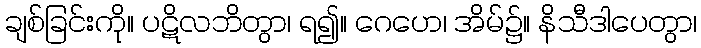
ချစ်ခြင်းကို။ ပဋိလဘိတွာ၊ ရ၍။ ဂေဟေ၊ အိမ်၌။ နိသီဒါပေတွာ၊